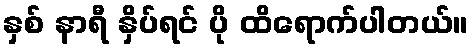
နှစ် နာရီ နှိပ်ရင် ပို ထိရောက်ပါတယ်။